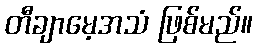
တီချာမေ့အသံ ဖြစ်မည်။